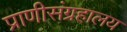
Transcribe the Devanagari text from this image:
प्राणीसंग्रहालय